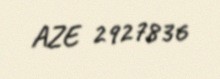
AZE 2927836